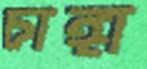
চাঙ্গা